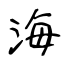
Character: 海